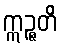
ဣဉ္ဇတိ